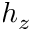
h _ { z }